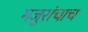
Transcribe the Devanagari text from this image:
मजुरांचाच